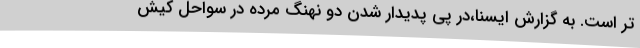
تر است. به گزارش ایسنا،در پی پدیدار شدن دو نهنگ مرده در سواحل کیش